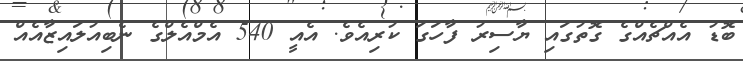
ބޮޑު އެއްޗެއްގެ ގޮތުގައި ޔާސިރު ފާހަގަ ކުރިއެވެ. އެއީ 540 އެމްއެލްގެ ނެބިއުލައިޒާއެއް